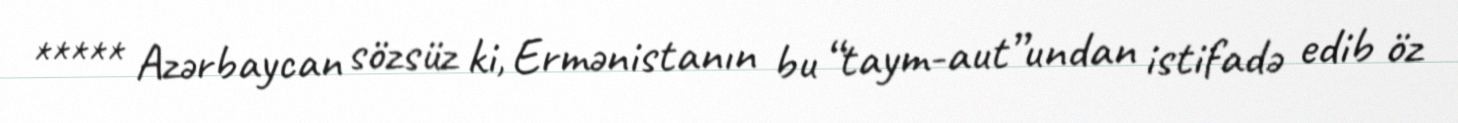
***** Azərbaycan sözsüz ki, Ermənistanın bu “taym-aut”undan istifadə edib öz